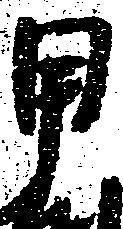
甲